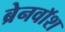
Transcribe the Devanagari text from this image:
ब्रेनवाॅश